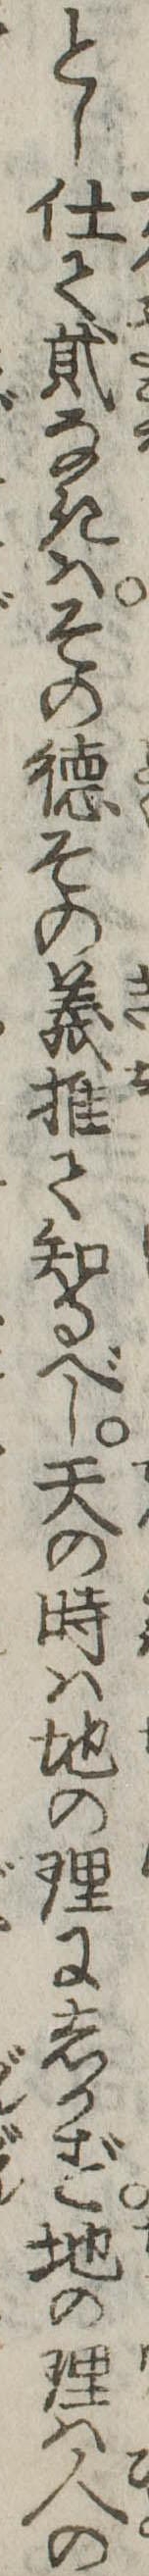
とし仕て弐なきはその徳その義推て知るべし天の時は地の理にしかず地の理は人の